EELK_Kaarma_kogudus, lk 77
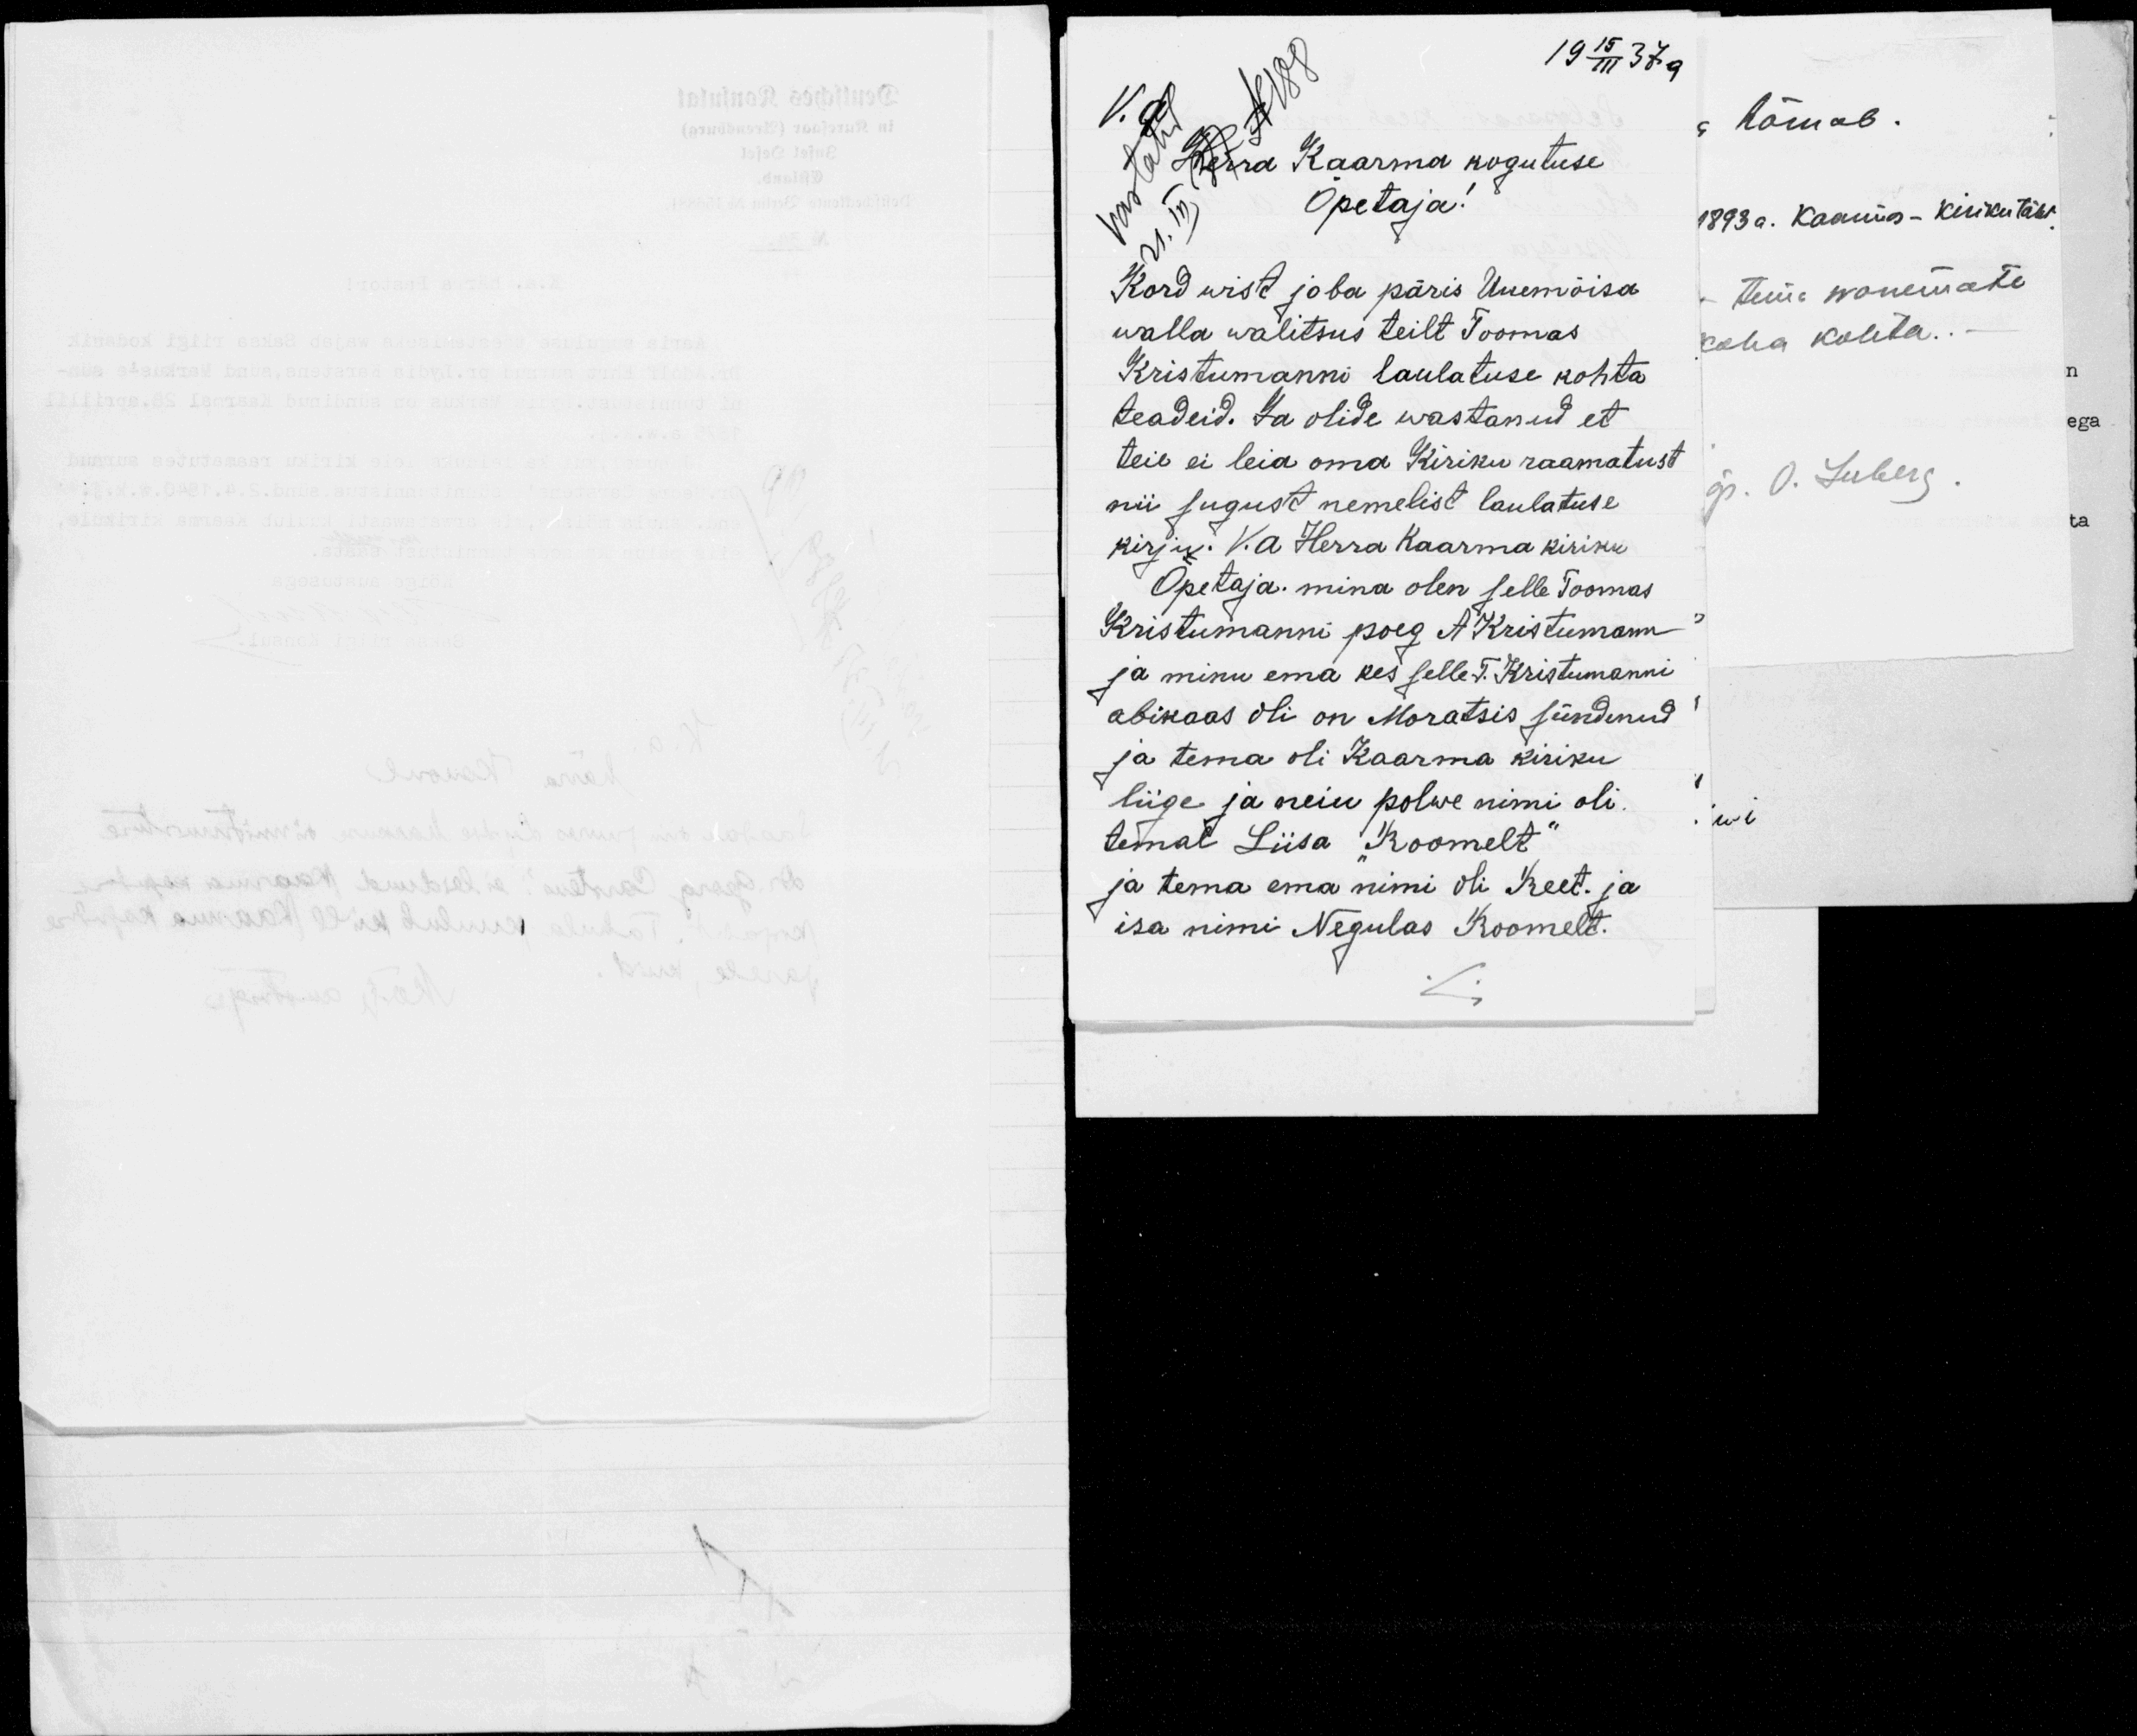
19 15III 37. a.
V.a
N188
Herra Kaarma kogutuse
vastatud
Õpetaja!
21.III 37
Kord wist joba päris Uuemõisa
walla walitsus teilt Toomas.
Kristumanni laulatuse kohta
teadeid. Ja olide wastanud et
teie ei leia oma Kiriku raamatust
nii sugust nemelist laulatuse
kirju. V.a Herra Kaarma kiriku
Õpetaja. mina olen selle Toomas
Kristumanni poeg A Kristumann
ja minu ema kes selle T. Kristumanni
abikaas oli on Moratsis sündinud
ja tema oli Kaarma kiriku
liige ja neiu polwe nimi oli.
temal Liisa "Roomelt"
ja tema ema nimi oli Reet. ja
isa nimi Negulas Roomelt.